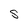
Character: S